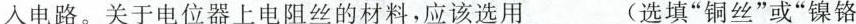
入电路。关于电位器上电阻丝的材料，应该选用_(选填”铜丝”或”镍铬